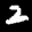
Label: 2